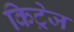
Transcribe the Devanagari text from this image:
किट्रेज